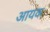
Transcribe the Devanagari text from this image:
आयक